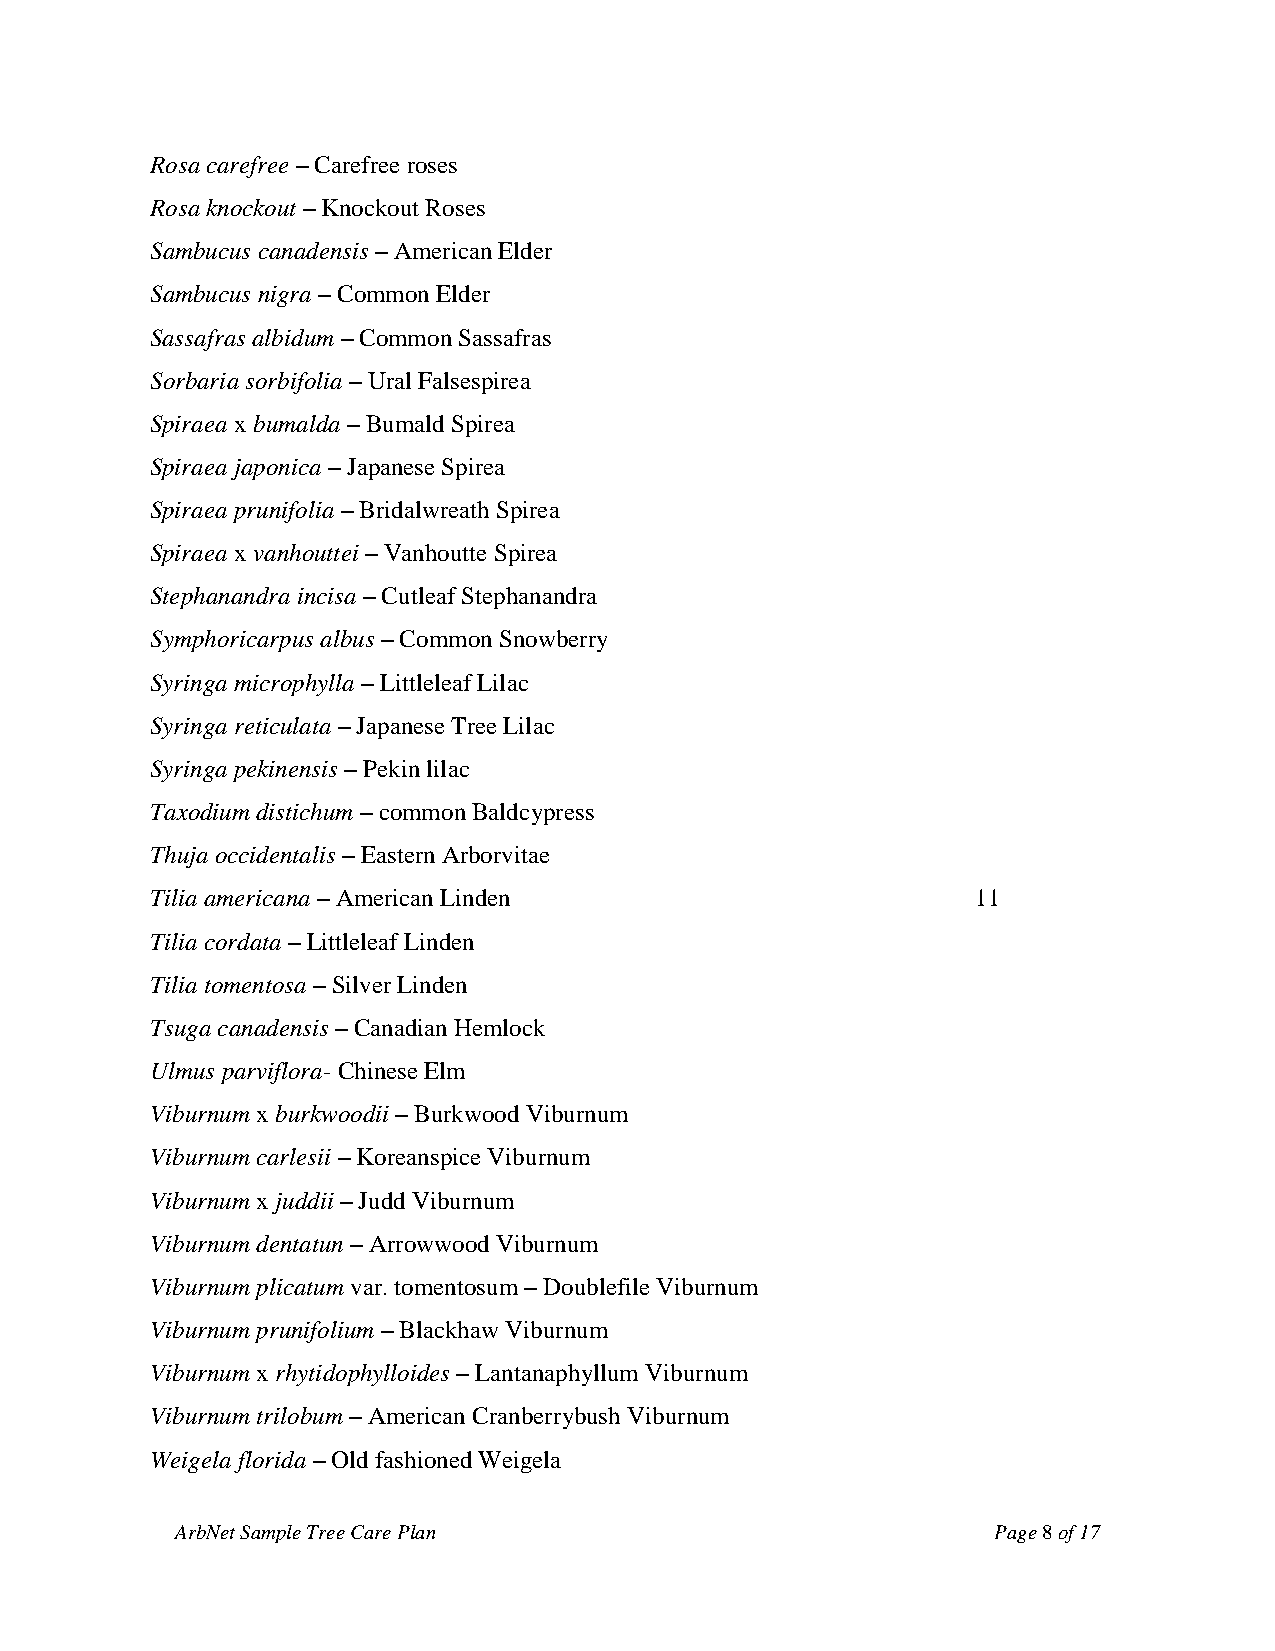
Rosa carefree – Carefree roses
 Rosa knockout – Knockout Roses
 Sambucus canadensis – American Elder
 Sambucus nigra – Common Elder
 Sassafras albidum – Common Sassafras
 Sorbaria sorbifolia – Ural Falsespirea
 Spiraea x bumalda – Bumald Spirea
 Spiraea japonica – Japanese Spirea
 Spiraea prunifolia – Bridalwreath Spirea
 Spiraea x vanhouttei – Vanhoutte Spirea
 Stephanandra incisa – Cutleaf Stephanandra
 Symphoricarpus albus – Common Snowberry
 Syringa microphylla – Littleleaf Lilac
 Syringa reticulata – Japanese Tree Lilac
 Syringa pekinensis – Pekin lilac
 Taxodium distichum – common Baldcypress
 Thuja occidentalis – Eastern Arborvitae
 Tilia americana – American Linden                      11
 Tilia cordata – Littleleaf Linden
 Tilia tomentosa – Silver Linden
 Tsuga canadensis – Canadian Hemlock
 Ulmus parviflora- Chinese Elm
 Viburnum x burkwoodii – Burkwood Viburnum
 Viburnum carlesii – Koreanspice Viburnum
 Viburnum x juddii – Judd Viburnum
 Viburnum dentatun – Arrowwood Viburnum
 Viburnum plicatum var. tomentosum – Doublefile Viburnum
 Viburnum prunifolium – Blackhaw Viburnum
 Viburnum x rhytidophylloides – Lantanaphyllum Viburnum
 Viburnum trilobum – American Cranberrybush Viburnum
 Weigela florida – Old fashioned Weigela
 ArbNet Sample Tree Care Plan                          Page 8 of 17